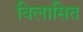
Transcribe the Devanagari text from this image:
विलासित